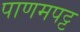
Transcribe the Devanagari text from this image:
पाणमपट्ट